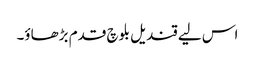
اس لیے قندیل بلوچ قدم بڑھاؤ۔